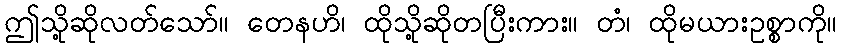
ဤသို့ဆိုလတ်သော်။ တေနဟိ၊ ထိုသို့ဆိုတပြီးကား။ တံ၊ ထိုမယားဥစ္စာကို။